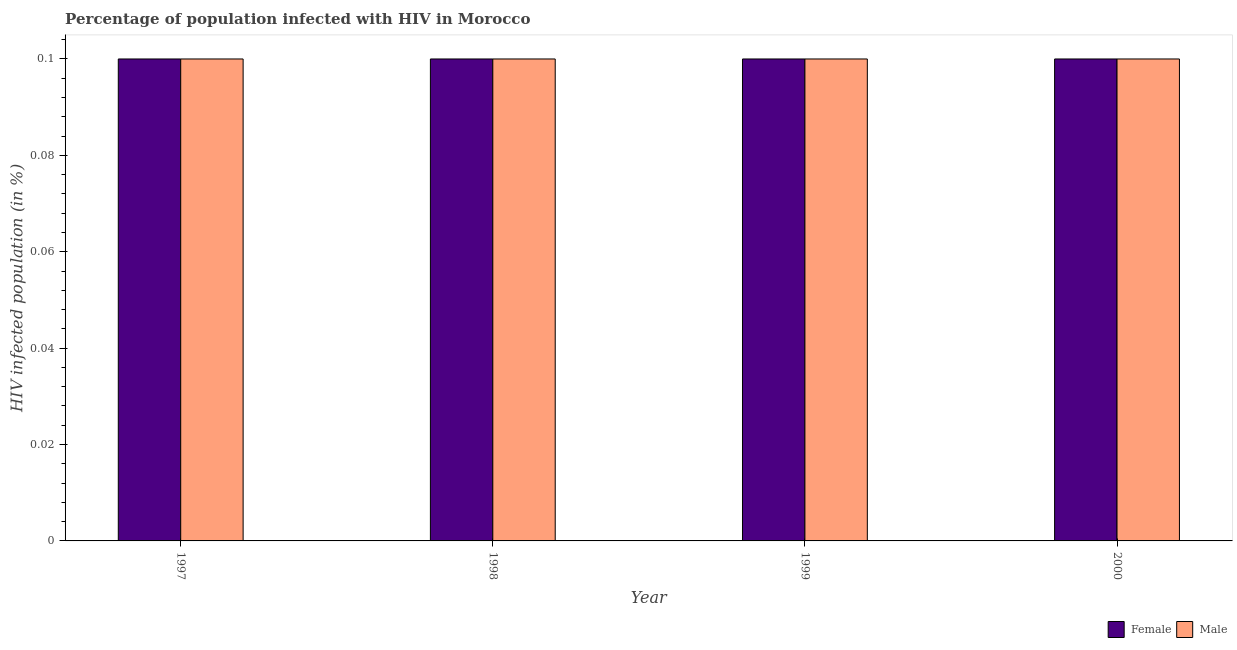
| Year | Female | Male |
 | --- | --- | --- |
 | 1997 | 0.1 | 0.1 |
 | 1998 | 0.1 | 0.1 |
 | 1999 | 0.1 | 0.1 |
 | 2000 | 0.1 | 0.1 |